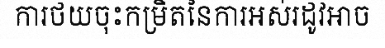
ការថយចុះកម្រិតនៃការអស់រដូវអាច